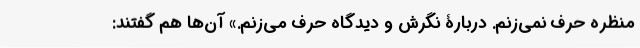
منظره حرف نمی‌زنم. دربارۀ نگرش و دیدگاه حرف می‌زنم.» آن‌ها هم گفتند: